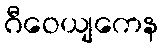
ဂီဝေယျကေန